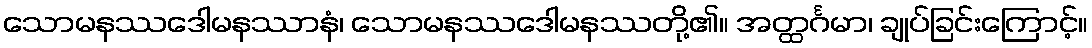
သောမနဿဒေါမနဿာနံ၊ သောမနဿဒေါမနဿတို့၏။ အတ္ထင်္ဂမာ၊ ချုပ်ခြင်းကြောင့်။